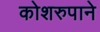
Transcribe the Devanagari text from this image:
कोशरुपाने